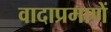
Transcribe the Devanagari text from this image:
वादाप्रमाणें